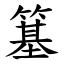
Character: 簊